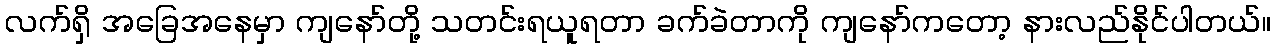
လက်ရှိ အခြေအနေမှာ ကျနော်တို့ သတင်းရယူရတာ ခက်ခဲတာကို ကျနော်ကတော့ နားလည်နိုင်ပါတယ်။